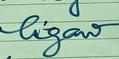
Signature authenticity: forged